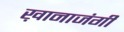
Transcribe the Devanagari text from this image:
ख़ानाजंगी